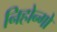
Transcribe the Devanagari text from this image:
निहोन्गो